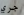
جري